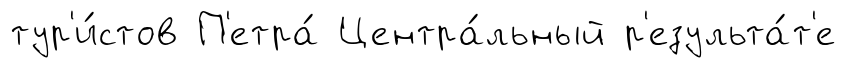
тур'и́стов П'етра́ Центра́льный р'езульта́т'е